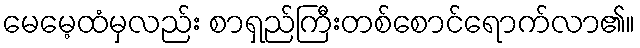
မေမေ့ထံမှလည်း စာရှည်ကြီးတစ်စောင်ရောက်လာ၏။